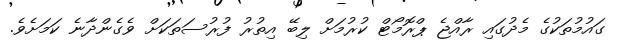
ގައުމުތަކުގެ މެދުގައި ރާއްޖެ ޕްރޮމޯޓް ކުރުމަށް ލިބޭ އިތުރު ފުރުސަތަކަށް ވެގެންދާނެ ކަމަށެވެ.